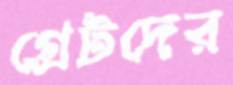
গ্রেটদের